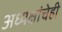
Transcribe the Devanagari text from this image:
अध्यक्षांचेही